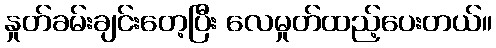
နှုတ်ခမ်းချင်းတေ့ပြီး လေမှုတ်ထည့်ပေးတယ်။